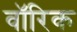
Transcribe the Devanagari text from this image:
वॉरिक